Calcutta medical institutions reports 1879-81 [i.e.91]
Year: 1879
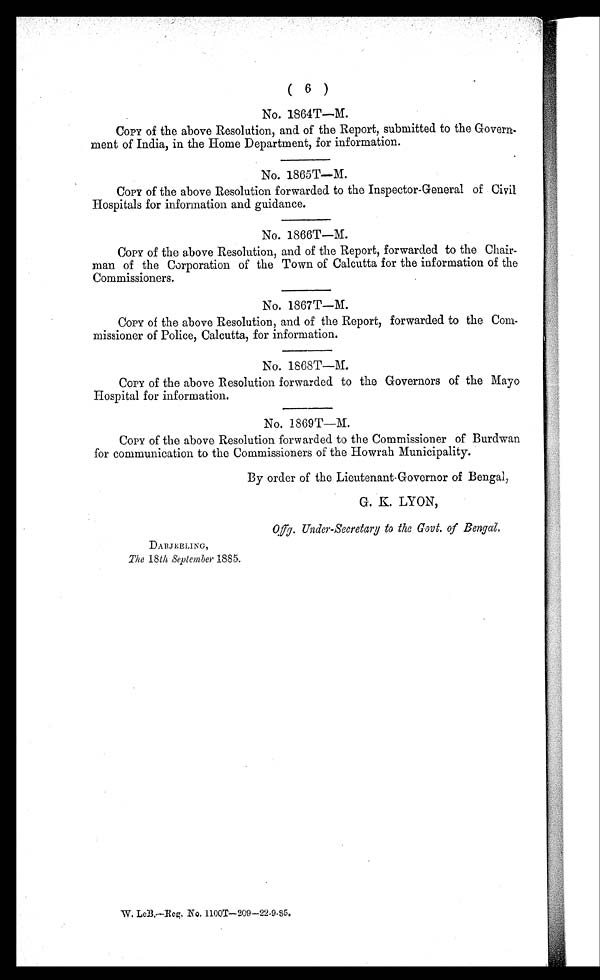
( 6 )
No. 1864T—M.
COPY of the above Resolution, and of the Report, submitted to the Govern.
ment of India, in the Home Department, for information.
No. 1865T—M.
COPY of the above Resolution forwarded to the Inspector-General of Civil
Hospitals for information and guidance.
No. 1866T—M.
COPY of the above Resolution, and of the Report, forwarded to the Chair-
man of the Corporation of the Town of Calcutta for the information of the
Commissioners.
No. 1867T—M.
COPY of the above Resolution, and of the Report, forwarded to the Com-
missioner of Police, Calcutta, for information.
No. 1868T—M.
COPY of the above Resolution forwarded to the Governors of the Mayo
Hospital for information.
No. 1869T—M.
COPY of the above Resolution forwarded to the Commissioner of Burdwan
for communication to the Commissioners of the Howrah Municipality.
By order of the Lieutenant Governor of Bengal,
G. K. LYON,
DARJEELING,
The 18th September 1885.
W. LeB.—Reg. No. 1100T—209—22-9-85,